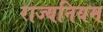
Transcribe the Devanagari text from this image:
राज्यनियम